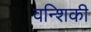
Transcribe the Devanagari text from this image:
वन्शिकी